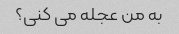
به من عجله می کنی؟